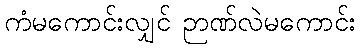
ကံမကောင်းလျှင် ဉာဏ်လဲမကောင်း